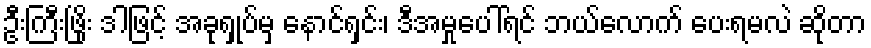
ဦးကြီးဖြိုး ဒါဖြင့် အခုရှုပ်မှ နောင်ရှင်း၊ ဒီအမှုပေါ်ရင် ဘယ်လောက် ပေးရမလဲ ဆိုတာ